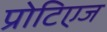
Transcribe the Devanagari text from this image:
प्रोटिएज